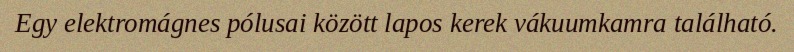
Egy elektromágnes pólusai között lapos kerek vákuumkamra található.